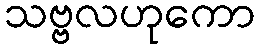
သဗ္ဗလဟုကော